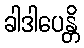
ခါဒါပေန္တိ